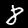
Digit: 8